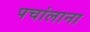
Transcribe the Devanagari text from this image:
पचांलाना